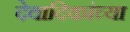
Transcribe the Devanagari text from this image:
देवादिकांच्या